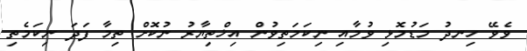
ވެވޭ ހިނދު މަޑުމޮޅި ވުމާއި ނިކަމަތިވުން އިޚްތިޔާރު ނުކޮށް ތިމާ ފަދަ ނިކަމެތި